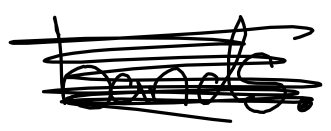
Text: bands.
Cross-out: scratch
Writing tool: digital_black